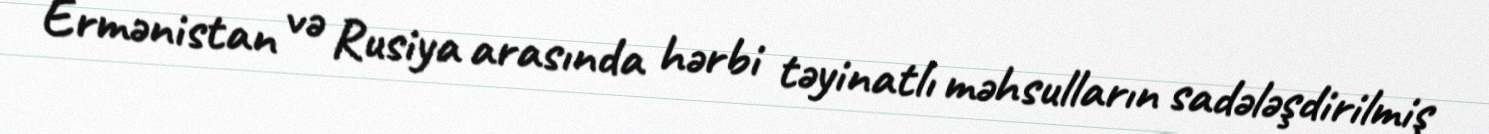
Ermənistan və Rusiya arasında hərbi təyinatlı məhsulların sadələşdirilmiş